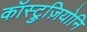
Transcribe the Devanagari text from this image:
कॉस्ट्रुज़ियोनि